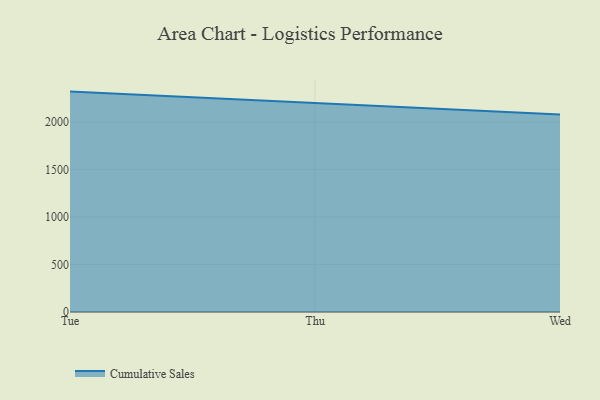
{"axis": {"x": "Day", "y": "Tickets Resolved"}, "legend": ["Cumulative Sales"], "data": [{"x": "Tue", "y": 2319.1, "type": "Cumulative Sales"}, {"x": "Thu", "y": 2198.0, "type": "Cumulative Sales"}, {"x": "Wed", "y": 2077.0, "type": "Cumulative Sales"}]}